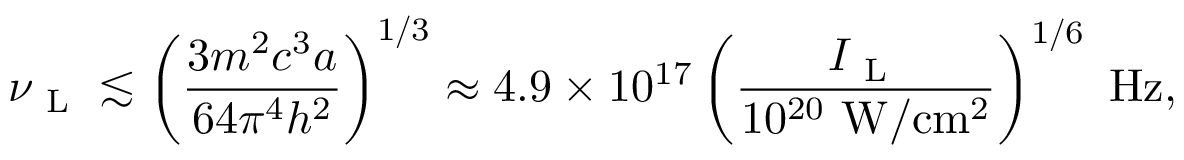
\nu _ { \mathrm { ~ L ~ } } \lesssim \left( \frac { 3 m ^ { 2 } c ^ { 3 } a } { 6 4 \pi ^ { 4 } h ^ { 2 } } \right) ^ { 1 / 3 } \approx 4 . 9 \times 1 0 ^ { 1 7 } \left( \frac { I _ { \mathrm { ~ L ~ } } } { 1 0 ^ { 2 0 } \, \, \mathrm { W / c m ^ { 2 } } } \right) ^ { 1 / 6 } \, \, \mathrm { H z , }